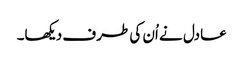
عادل نے اُن کی طرف دیکھا۔